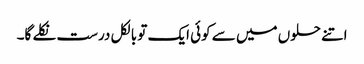
اتنے حلوں میں سے کوئی ایک تو بالکل درست نکلے گا۔